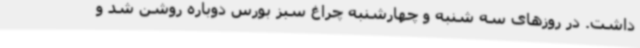
داشت. در روزهای سه شنبه و چهارشنبه چراغ سبز بورس دوباره روشن شد و